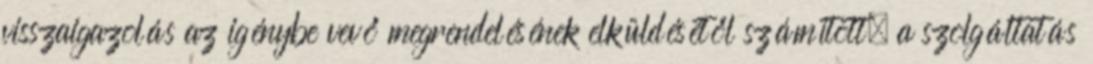
visszaigazolás az igénybe vevő megrendelésének elküldésétől számított, a szolgáltatás